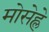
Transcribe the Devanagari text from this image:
मोसेह्ले